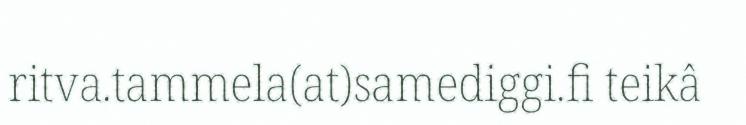
ritva.tammela(at)samediggi.fi teikâ